65_HS1-834228961_62-HQ-83894_Section_7
Agency: FBI
Page 202
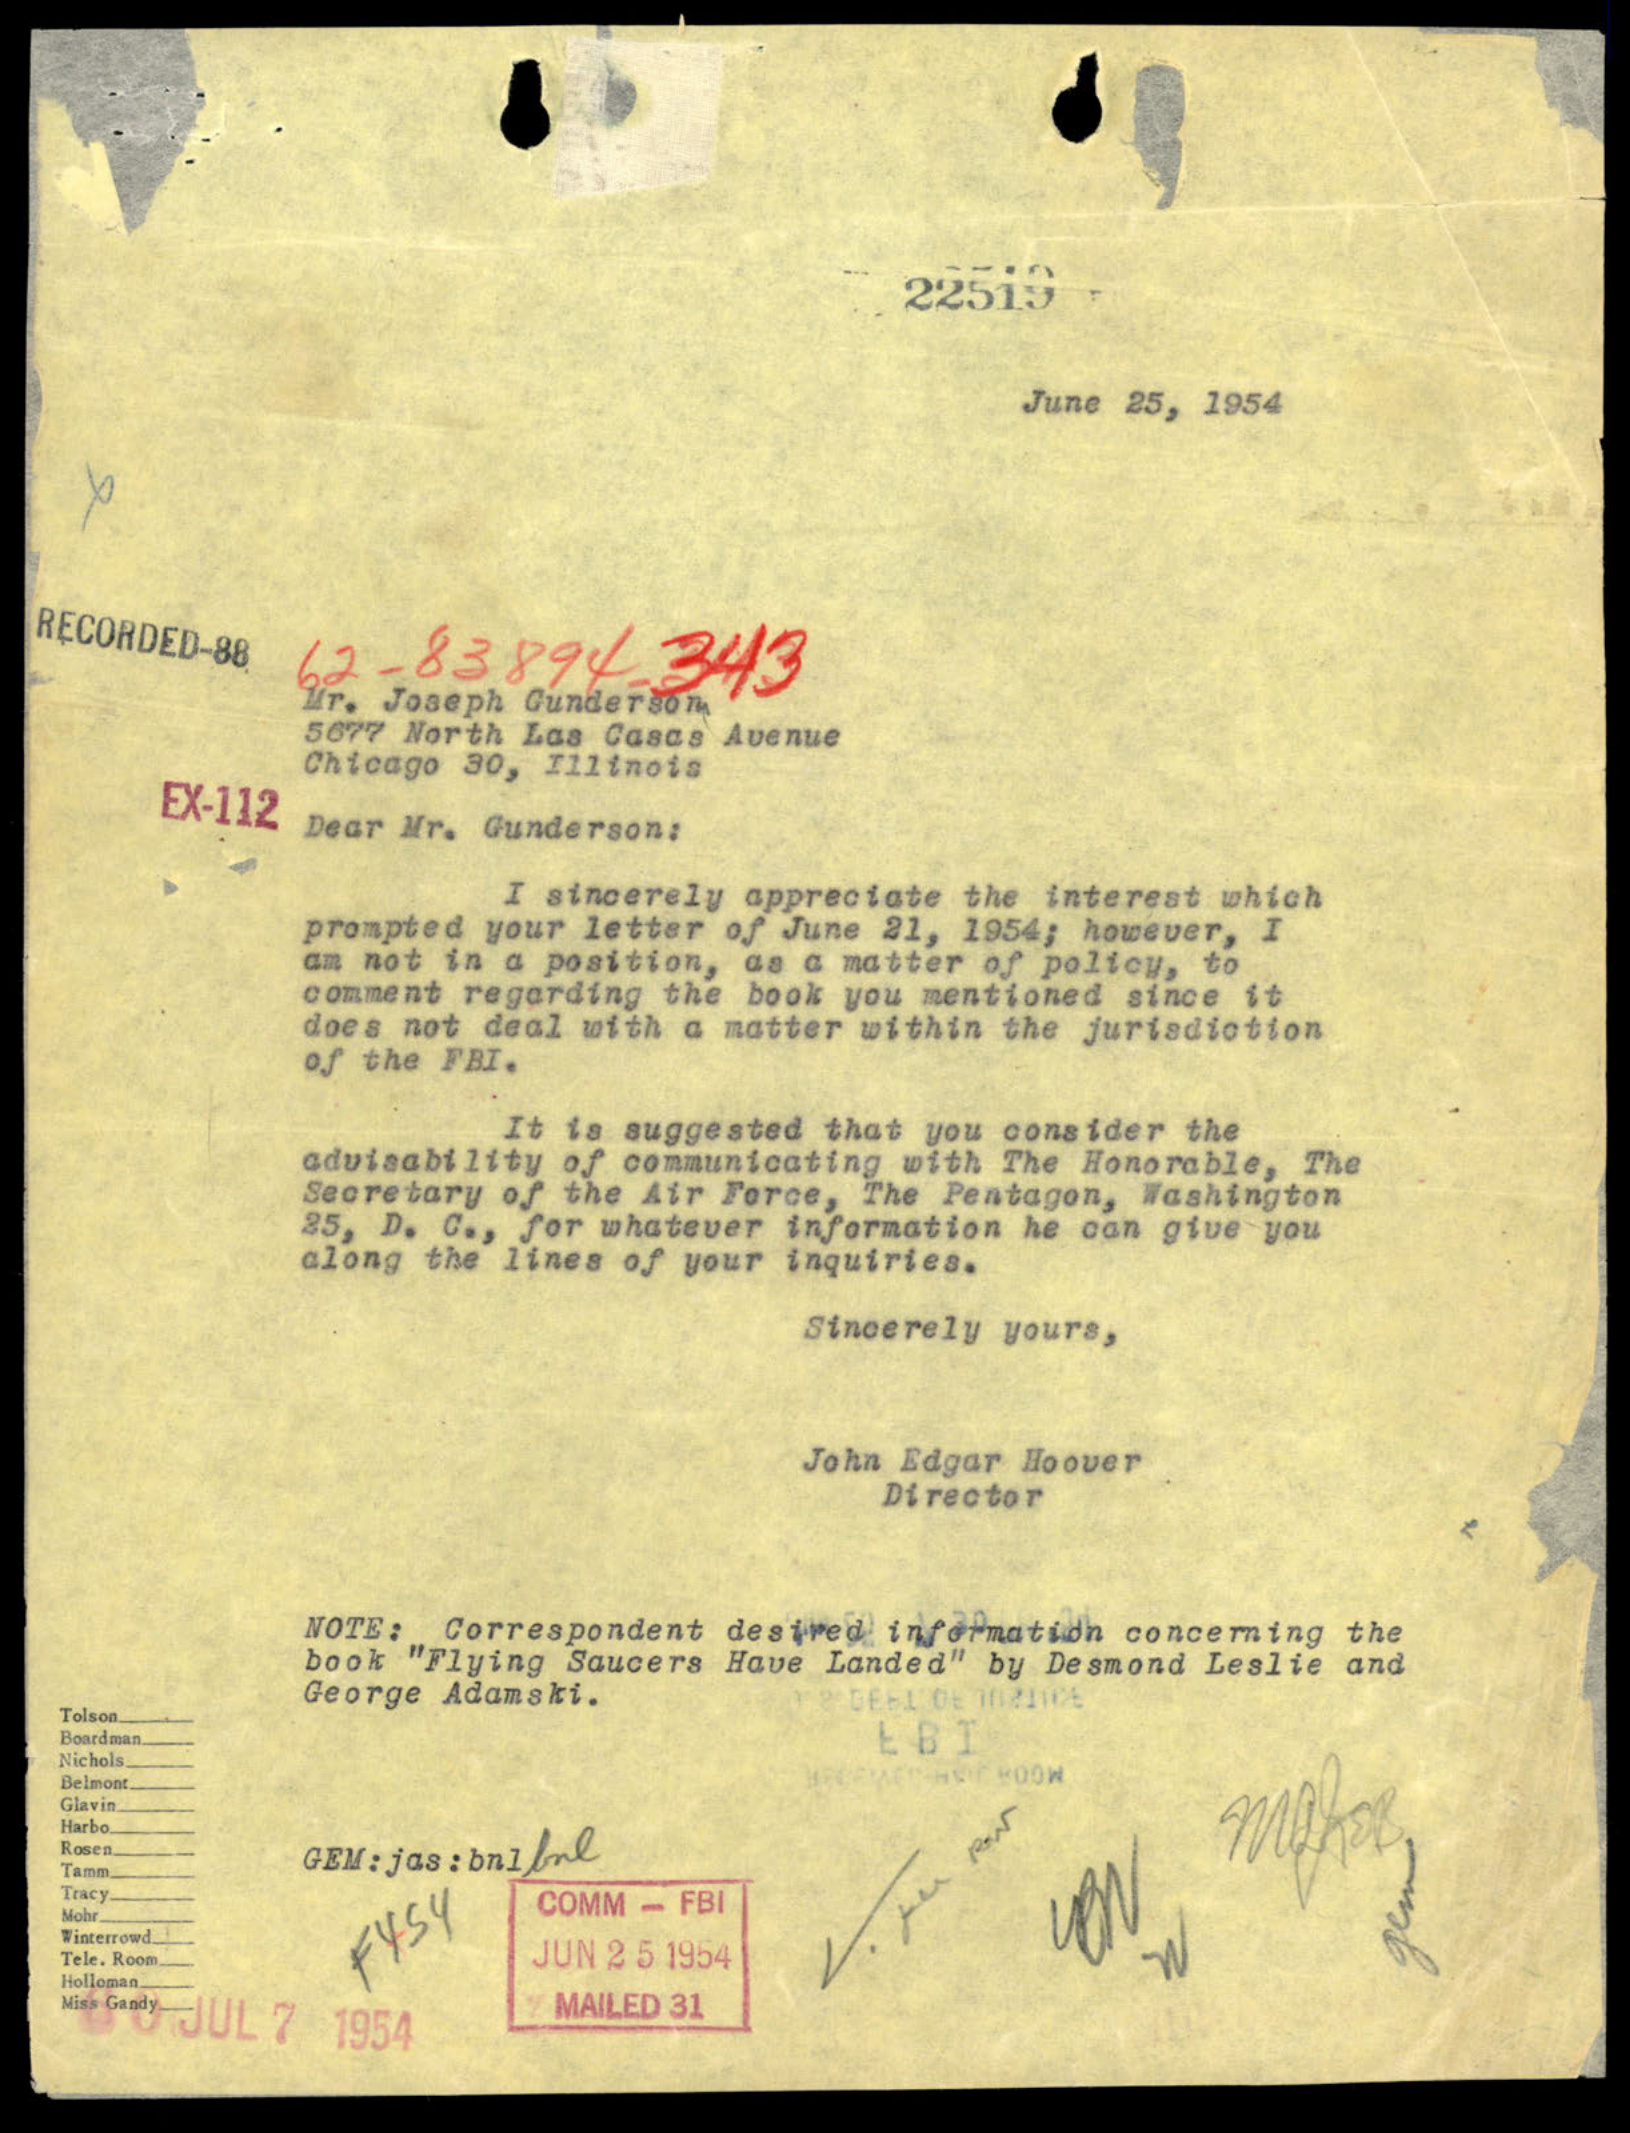